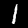
Label: 1